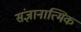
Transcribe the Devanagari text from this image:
संज्ञानात्मिक